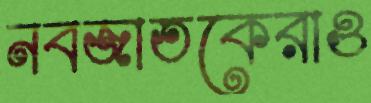
নবজাতকেরাও